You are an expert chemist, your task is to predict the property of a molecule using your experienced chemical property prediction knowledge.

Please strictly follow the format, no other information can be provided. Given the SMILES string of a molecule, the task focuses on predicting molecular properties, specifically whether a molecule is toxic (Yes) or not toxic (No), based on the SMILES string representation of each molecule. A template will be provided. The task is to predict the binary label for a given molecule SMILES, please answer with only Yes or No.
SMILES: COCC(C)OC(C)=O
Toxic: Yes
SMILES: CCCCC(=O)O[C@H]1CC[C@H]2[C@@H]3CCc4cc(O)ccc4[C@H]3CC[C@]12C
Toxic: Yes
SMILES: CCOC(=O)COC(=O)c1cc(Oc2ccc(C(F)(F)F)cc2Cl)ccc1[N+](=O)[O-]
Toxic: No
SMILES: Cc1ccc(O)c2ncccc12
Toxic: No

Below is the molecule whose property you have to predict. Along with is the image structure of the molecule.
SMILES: CC[N+]1(C)CCCC1.O=S(=O)([O-])C(F)(F)F
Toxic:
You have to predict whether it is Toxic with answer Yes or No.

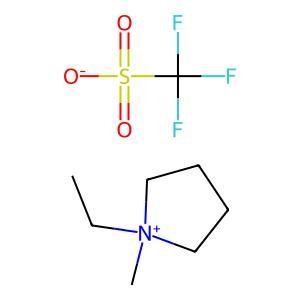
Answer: No